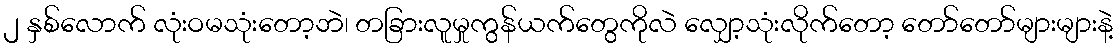
၂ နှစ်လောက် လုံးဝမသုံးတော့ဘဲ၊ တခြားလူမှုကွန်ယက်တွေကိုလဲ လျှော့သုံးလိုက်တော့ တော်တော်များများနဲ့